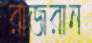
রাজরান